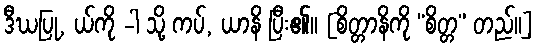
ဒီဃပြု, ယ်ကို -ါ သို့ ကပ်, ယာနိ ပြီး၏။ [စိတ္တာနိကို “စိတ္တ” တည်။]